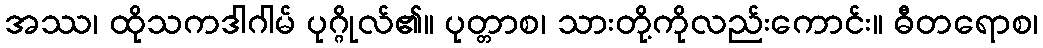
အဿ၊ ထိုသကဒါဂါမ် ပုဂ္ဂိုလ်၏။ ပုတ္တာစ၊ သားတို့ကိုလည်းကောင်း။ ဓီတရောစ၊